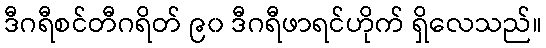
ဒီဂရီစင်တီဂရိတ် ၉၀ ဒီဂရီဖာရင်ဟိုက် ရှိလေသည်။